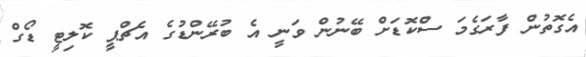
އެގޮތުން ފާރަގެމަ ސްކޮޑަށް ބޭނުން ވަނީ އެ ބުރޭންޑުގެ އެޗްޕީ ކޮލިޓީ ޑޯގް